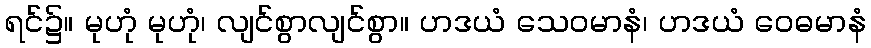
ရင်၌။ မုဟုံ မုဟုံ၊ လျင်စွာလျင်စွာ။ ဟဒယံ သေဝမာနံ၊ ဟဒယံ ဝေဓမာနံ